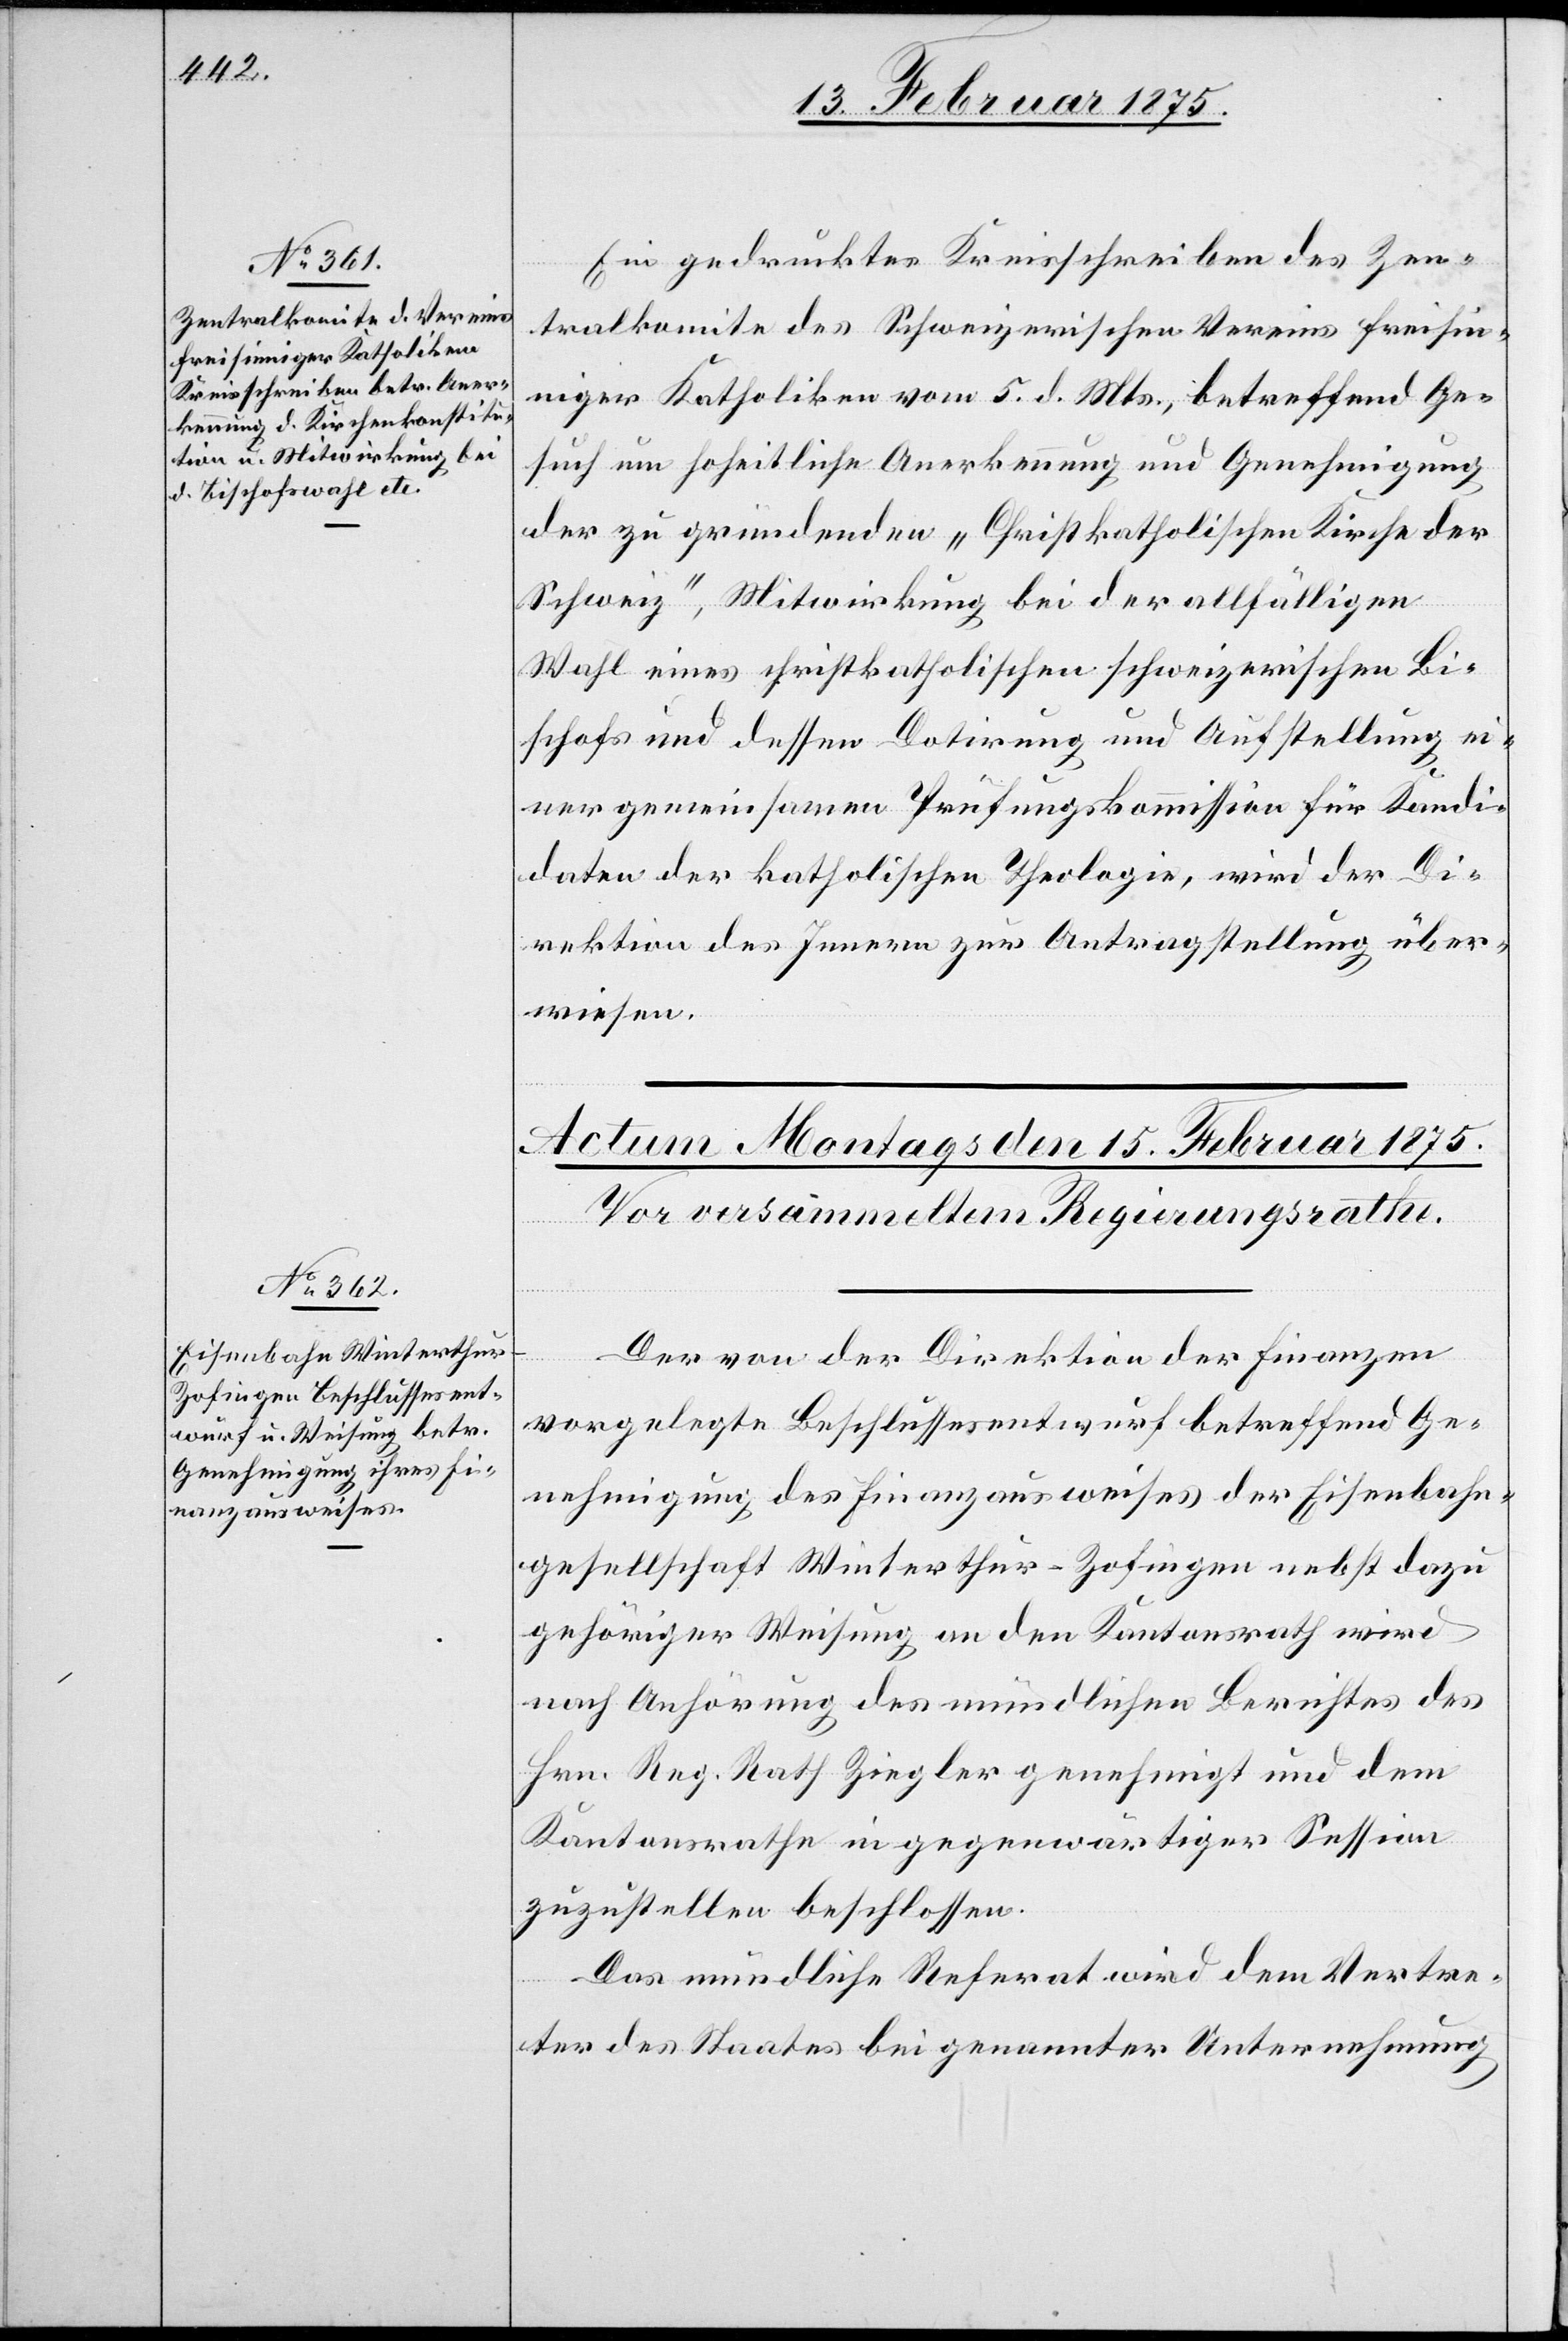
13. Februar 1875.]
Ein gedrucktes Kreisschreiben des Zen¬
tralkomite des schweizerischen Vereins freisin¬
niger Katholiken vom 5. d. Mts., betreffend Ge¬
such um hoheitliche Anerkennung und Genehmigung
der zu gründenden „Christkatholischen Kirche der
Schweiz“, Mitwirkung bei der allfälligen
Wahl eines christkatholischen schweizerischen Bi¬
schofs und dessen Dotirung und Aufstellung ei¬
ner gemeinsamen Prüfungskommission für Kandi¬
daten der katholischen Theologie, wird der Di¬
rektion des Innern zur Antragstellung über¬
wiesen.
Der von der Direktion der Finanzen
vorgelegte Beschlussesentwurf betreffend Ge¬
nehmigung des Finanzausweises der Eisenbahn¬
gesellschaft Winterthur–Zofingen nebst dazu
gehöriger Weisung an den Kantonsrath wird
nach Anhörung des mündlichen Berichtes des
Hrn. Reg. Rath Ziegler genehmigt und dem
Kantonsrathe in gegenwärtiger Session
zuzustellen beschlossen.
Das mündliche Referat wird dem Vertre¬
ter des Staates bei genannter Unternehmung